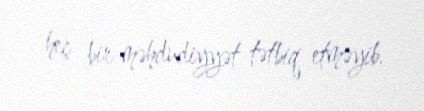
heç bir məhdudiyyət tətbiq etməyib.